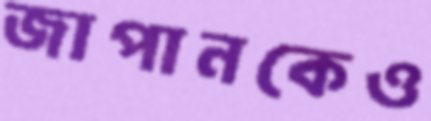
জাপানকেও